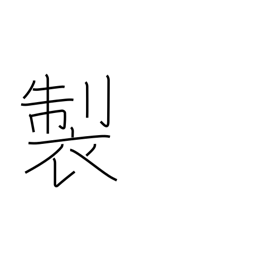
Meaning: manufacture